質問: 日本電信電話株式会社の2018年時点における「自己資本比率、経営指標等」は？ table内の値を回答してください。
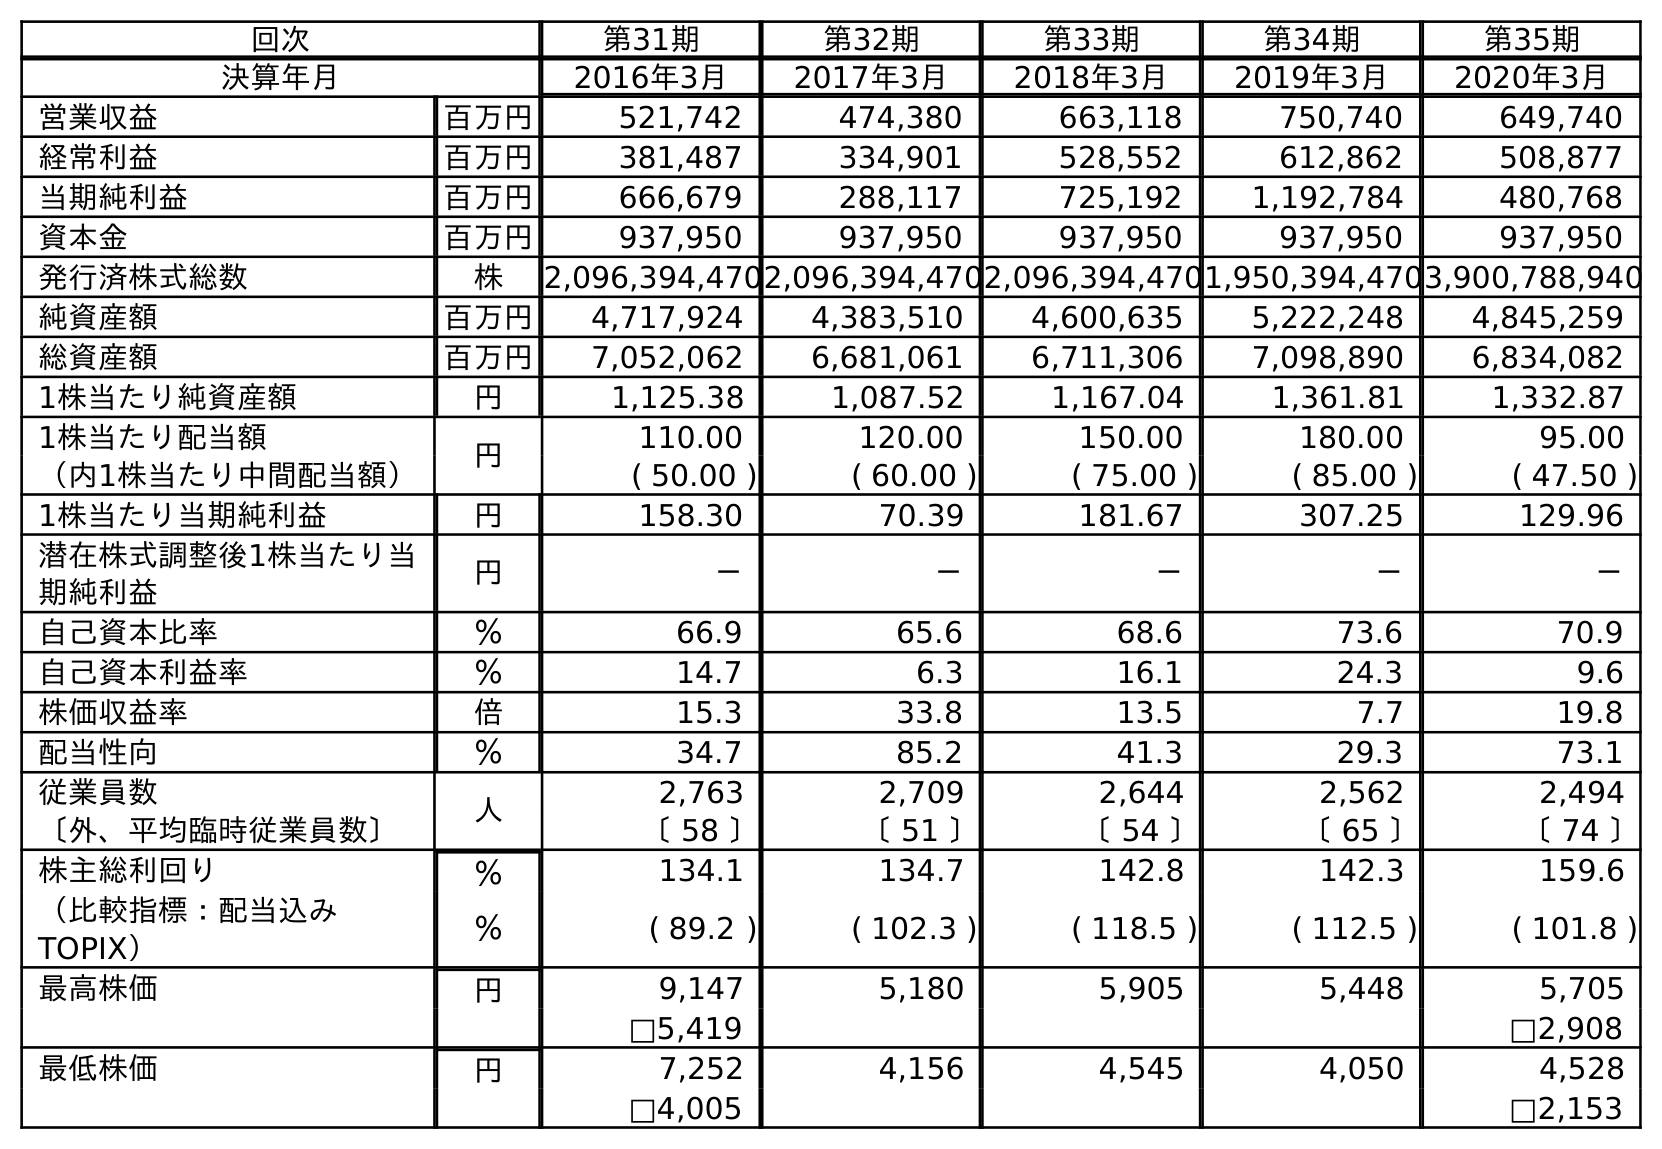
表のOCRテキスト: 回次 第31期 第32期 第33期 第34期 第35期 決算年月 2016年3月 2017年3月 2018年3月 2019年3月 2020年3月 営業収益 百万円 521,742 474,380 663,118 750,740 649,740 経常利益 百万円 381,487 334,901 528,552 612,862 508,877 当期純利益 百万円 666,679 288,117 725,192 1,192,784 480,768 資本金 百万円 937,950 937,950 937,950 937,950 937,950 発行済株式総数 株 2,096,394,4702,096,394,4702,096,394,4701,950,394,4703,900,788,940 純資産額 百万円 4,717,924 4,383,510 4,600,635 5,222,248 4,845,259 総資産額 百万円 7,052,062 6,681,061 6,711,306 7,098,890 6,834,082 1株当たり純資産額 円 1,125.38 1,087.52 1,167.04 1,361.81 1,332.87 1株当たり配当額 円 110.00 120.00 150.00 180.00 95.00 （内1株当たり中間配当額） ( 50.00 ) ( 60.00 ) ( 75.00 ) ( 85.00 ) ( 47.50 ) 1株当たり当期純利益 円 158.30 70.39 181.67 307.25 129.96 潜在株式調整後1株当たり当 期純利益 円 － － － － － 自己資本比率 ％ 66.9 65.6 68.6 73.6 70.9 自己資本利益率 ％ 14.7 6.3 16.1 24.3 9.6 株価収益率 倍 15.3 33.8 13.5 7.7 19.8 配当性向 ％ 34.7 85.2 41.3 29.3 73.1 従業員数 人 2,763 2,709 2,644 2,562 2,494 〔外、平均臨時従業員数〕 〔 58 〕 〔 51 〕 〔 54 〕 〔 65 〕 〔 74 〕 株主総利回り ％ 134.1 134.7 142.8 142.3 159.6 （比較指標：配当込み TOPIX） ％ ( 89.2 ) ( 102.3 ) ( 118.5 ) ( 112.5 ) ( 101.8 ) 最高株価 円 9,147 5,180 5,905 5,448 5,705 □5,419 □2,908 最低株価 円 7,252 4,156 4,545 4,050 4,528 □4,005 □2,153
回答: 68.6